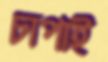
চাপাই